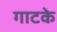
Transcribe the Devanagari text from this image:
गाटके